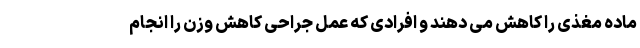
ماده مغذی را کاهش می دهند و افرادی که عمل جراحی کاهش وزن را انجام